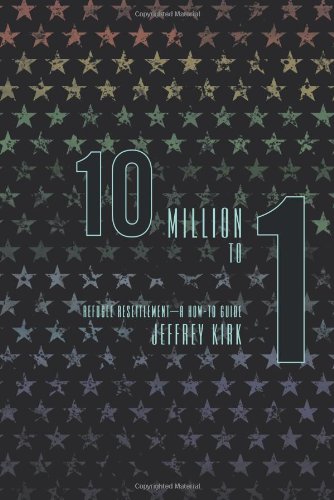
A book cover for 10 Million To 1: Refugee Resettlement-A How-To Guide; Jeffrey Kirk; Law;